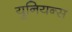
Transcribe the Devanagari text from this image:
युनियन्स